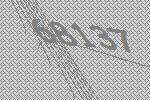
68137